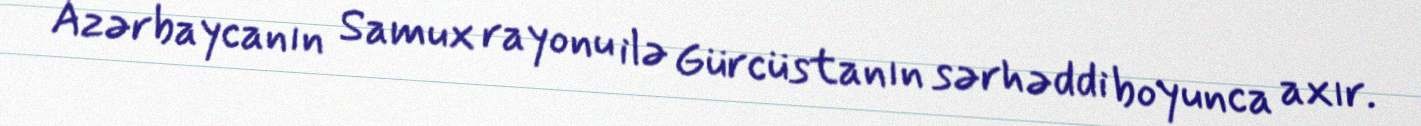
Azərbaycanın Samux rayonu ilə Gürcüstanın sərhəddi boyunca axır.